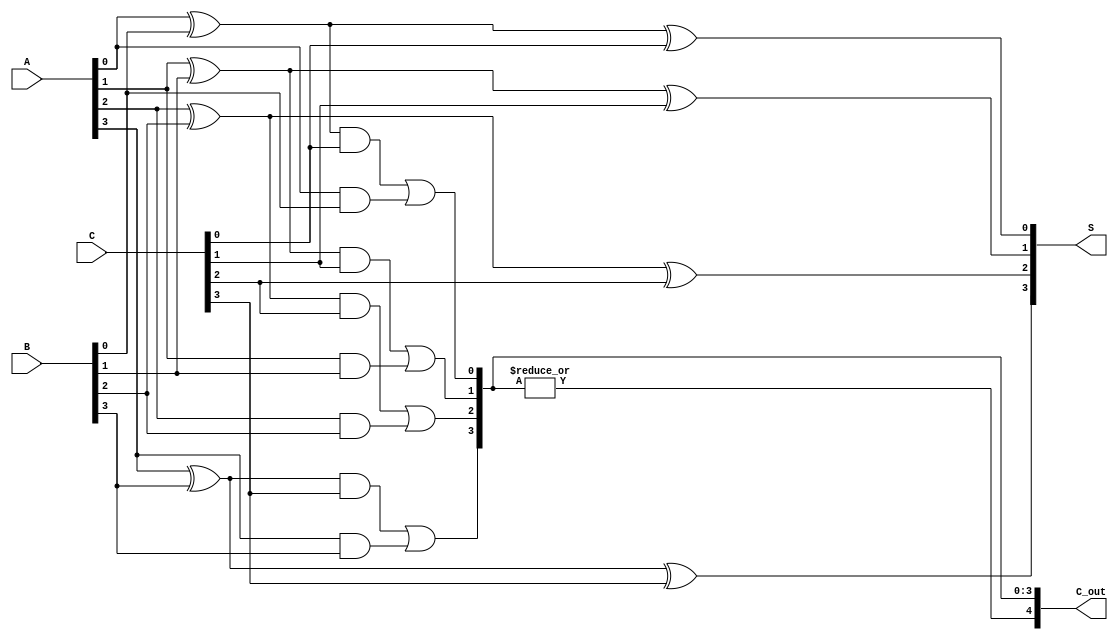
module ripple_carry_save_adder #(
    parameter N = 4 // Bit width of the inputs
)(
    input [N-1:0] A, // First n-bit input
    input [N-1:0] B, // Second n-bit input
    input [N-1:0] C, // Third n-bit input
    output [N-1:0] S, // Partial sum output
    output [N:0] C_out // Carry output (N+1 bits to handle final carry)
);

    wire [N-1:0] sum_AB; // Intermediate sum of A and B
    wire [N-1:0] sum_ABC; // Intermediate sum after adding C
    wire [N-1:0] carry_AB; // Carry after adding A and B
    wire [N-1:0] carry_ABC; // Carry after adding C

    // Stage 1: Adding A and B
    genvar i;
    generate
        for (i = 0; i < N; i = i + 1) begin : stage1
            assign sum_AB[i] = A[i] ^ B[i];
            assign carry_AB[i] = A[i] & B[i];
        end
    endgenerate
    
    // Stage 2: Adding sum_AB and C
    generate
        for (i = 0; i < N; i = i + 1) begin : stage2
            assign sum_ABC[i] = sum_AB[i] ^ C[i];
            assign carry_ABC[i] = sum_AB[i] & C[i] | carry_AB[i]; // Taking previous carry into account
        end
    endgenerate

    // Final Carry Output
    assign C_out[N-1:0] = carry_ABC;
    assign C_out[N] = |carry_ABC; // Final carry could be generated here (if needed)

    // Final Sum Output
    assign S = sum_ABC;

endmodule